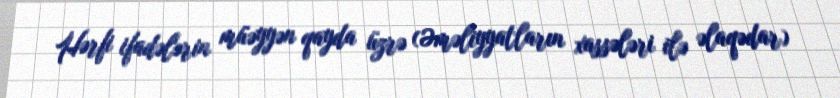
Hərfi ifadələrin müəyyən qayda üzrə (Əməliyyatların xassələri ilə əlaqədar)